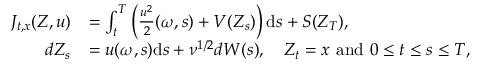
\begin{array} { r l } { J _ { t , x } ( Z , u ) } & { = \int _ { t } ^ { T } \left( \frac { u ^ { 2 } } { 2 } ( \omega , s ) + V ( Z _ { s } ) \right) \mathrm { d } s + S ( Z _ { T } ) , } \\ { d Z _ { s } } & { = u ( \omega , s ) \mathrm { d } s + \nu ^ { 1 / 2 } d W ( s ) , \quad Z _ { t } = x \mathrm { ~ a n d ~ } 0 \leq t \leq s \leq T , } \end{array}